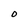
Character: O